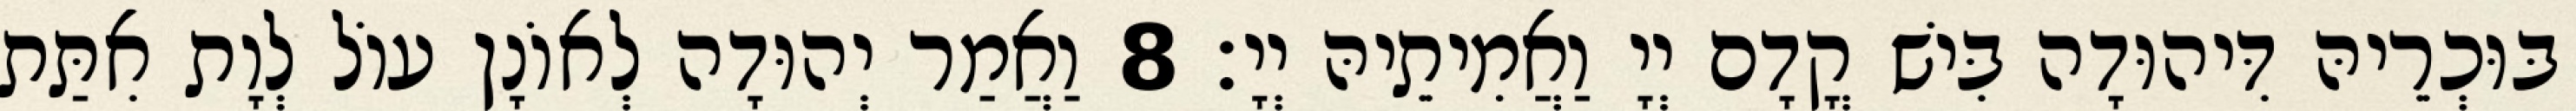
בּוּכְרֵיהּ דִּיהוּדָה בִּישׁ קֳדָם יְיָ וַאֲמִיתֵיהּ יְיָ׃ 8 וַאֲמַר יְהוּדָה לְאוֹנָן עוֹל לְוָת אִתַּת